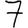
Digit: 7